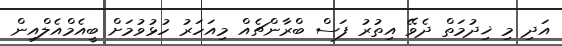
އަދި މި ޚިދުމަތް ދެވޭ އިތުރު ފަސް ބްރާންޗެއް މިއަހަރު ހުޅުވުމަށް ބީއެމްއެލްއިން